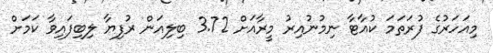
މިއަހަރުގެ ފުރަތަމަ ކުއާޓާ ނިމުނުއިރު މީރާއަށް 3.72 ބިލިއަން ރުފިޔާ ލިބިފައިވާ ކަމަށް